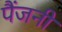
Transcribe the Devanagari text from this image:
पैंजनी